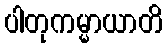
ပါတုကမ္မာယာတိ